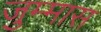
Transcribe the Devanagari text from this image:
जुम्मास